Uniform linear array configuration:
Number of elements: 12
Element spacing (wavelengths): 0.75
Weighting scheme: kaiser
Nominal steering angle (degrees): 15
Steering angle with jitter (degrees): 16.984
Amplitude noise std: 0.05
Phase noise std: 0.05

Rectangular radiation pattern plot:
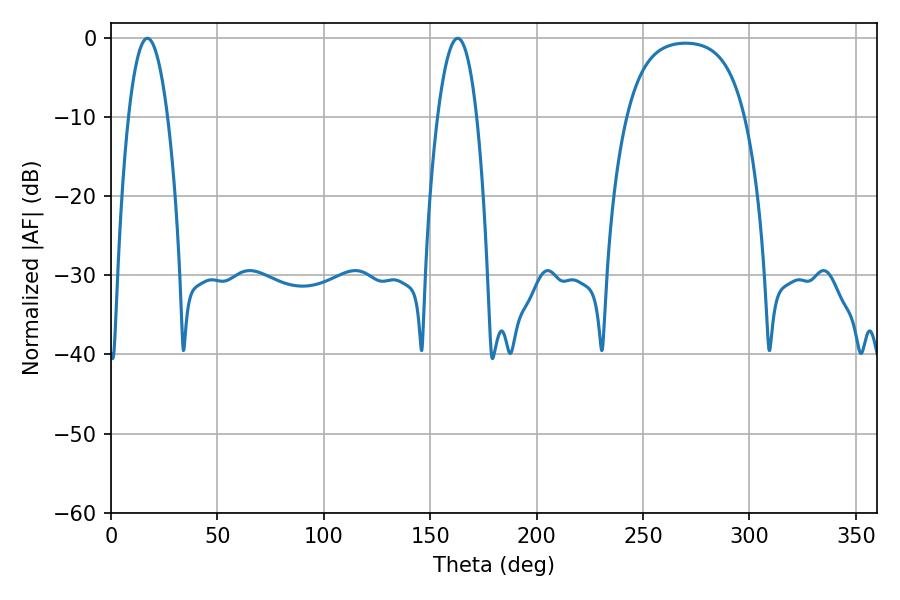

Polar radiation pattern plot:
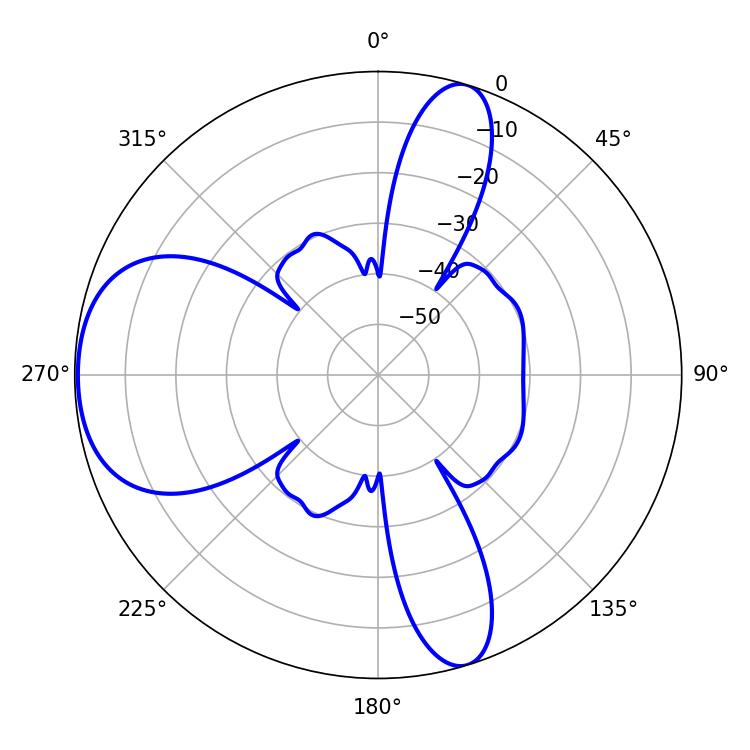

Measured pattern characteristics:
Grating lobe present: TRUE
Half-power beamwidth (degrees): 10.26
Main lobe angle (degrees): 162.9